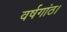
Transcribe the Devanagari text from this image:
वर्षगांठ।